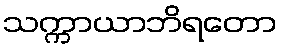
သက္ကာယာဘိရတော